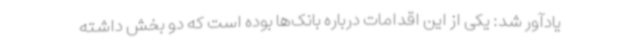
یادآور شد: یکی از این اقدامات درباره بانک‌ها بوده است که دو بخش داشته